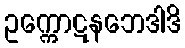
ဥက္ကောဋနဘေဒါဒိ